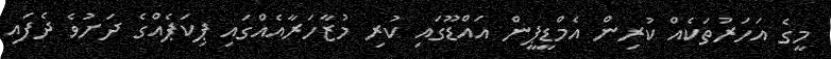
މީގެ އަހަރުތަކެއް ކުރިން އެމްޑީޕީން އައްޑޫގައި ކުރި މުޒާހަރާއެއްގައި ޕިކަޕެއްގެ ދަށުވެ ދެފައި